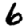
Digit: 6